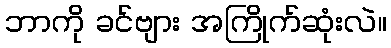
ဘာကို ခင်ဗျား အကြိုက်ဆုံးလဲ။